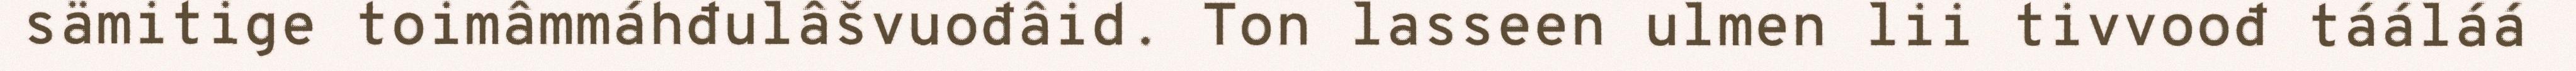
sämitige toimâmmáhđulâšvuođâid. Ton lasseen ulmen lii tivvoođ tááláá